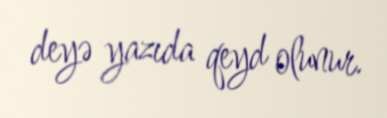
deyə yazıda qeyd olunur.